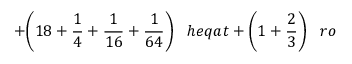
+ { \bigg ( } 1 8 + { \frac { 1 } { 4 } } + { \frac { 1 } { 1 6 } } + { \frac { 1 } { 6 4 } } { \bigg ) } \; \; \; h e q a t + { \bigg ( } 1 + { \frac { 2 } { 3 } } { \bigg ) } \; \; \; r o